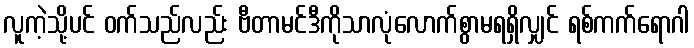
လူကဲ့သို့ပင် ဝက်သည်လည်း ဗီတာမင်ဒီကိုသာလုံလောက်စွာမရရှိလျှင် ရစ်ကက်ရောဂါ